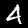
Label: 4